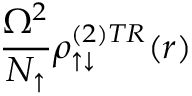
\frac { \Omega ^ { 2 } } { N _ { \uparrow } } \rho _ { \uparrow \downarrow } ^ { ( 2 ) T R } ( r )